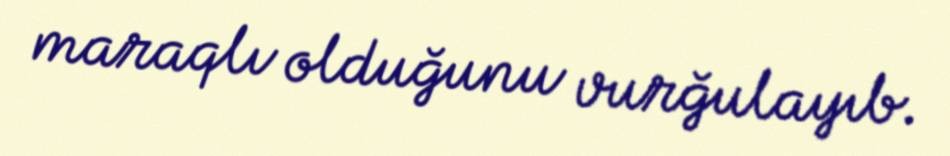
maraqlı olduğunu vurğulayıb.